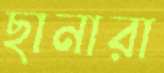
ছানারা